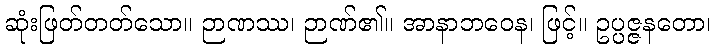
ဆုံးဖြတ်တတ်သော။ ဉာဏဿ၊ ဉာဏ်၏။ အာနာဘဝေန၊ ဖြင့်။ ဥပ္ပဇ္ဇနတော၊